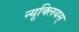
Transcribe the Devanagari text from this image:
न्यूक्लियस्